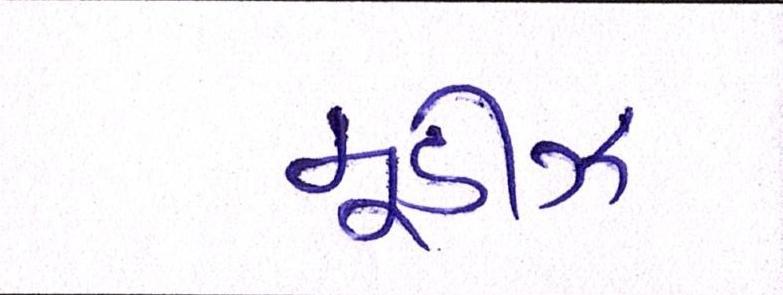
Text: મૂડીઝે